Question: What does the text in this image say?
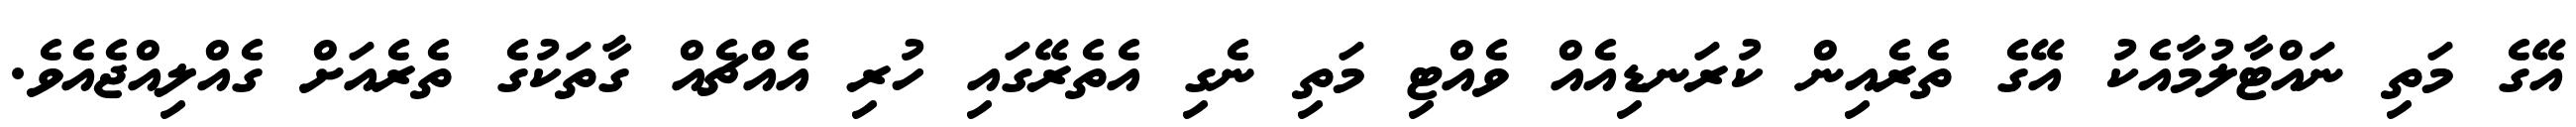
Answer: އޭގެ މަތި ނައްޓާލުމާއެކު އޭގެ ތެރެއިން ކުރަނޑިއެއް ވެއްޓި މަތި ނެގި އެތެރޭގައި ހުރި އެއްޗެއް ގާތަކުގެ ތެރެއަށް ގެއްލިއްޖެއެވެ.